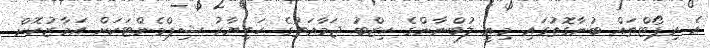
އެ ރިޕޯޓްތައް ބުނާގޮތުގައި މިއީ ލުބްނާންގެ ހިޒްބު ޖަމާއަތުގެ ހަތިޔާރު ޝިޕްމެންޓަކަށް އަމާޒުކޮށް